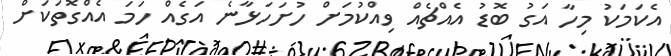
އެކަމަކު މިހާ އަގު ބޮޑު އެއްޗެއް ވިއްކުމަށް ހުށަހަޅާނެ އަގެއް ހަމަ އެއްގޮތަކަށް